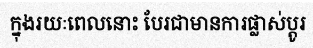
ក្នុងរយៈពេលនោះ បែរជាមានការផ្លាស់ប្តូរ